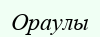
Ораулы